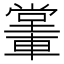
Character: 𨎖